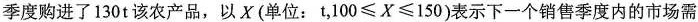
季度购进了130t该农产品，以X(单位：t，100≤X≤150)表示下一个销售季度内的市场需